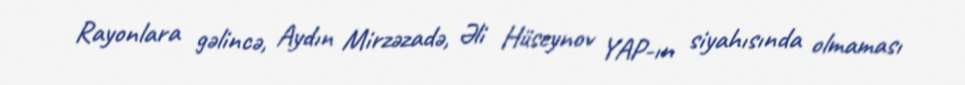
Rayonlara gəlincə, Aydın Mirzəzadə, Əli Hüseynov YAP-ın siyahısında olmaması